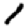
Digit: 1